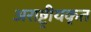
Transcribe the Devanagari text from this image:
अराष्ट्रीयकृत